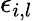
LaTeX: \epsilon_{i,l}